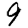
Digit: 9